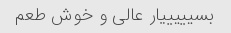
بسیییییار عالی و خوش طعم